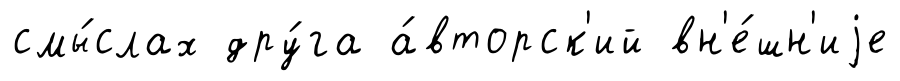
смы́слах дру́га а́вторск'ий вн'е́шн'иjе